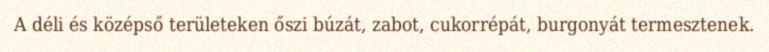
A déli és középső területeken őszi búzát, zabot, cukorrépát, burgonyát termesztenek.